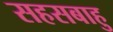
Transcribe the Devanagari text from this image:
सहसबाहु